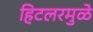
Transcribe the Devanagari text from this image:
हिटलरमुळे